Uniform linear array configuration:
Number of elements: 24
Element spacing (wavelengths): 0.75
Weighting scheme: blackman
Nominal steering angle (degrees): -45
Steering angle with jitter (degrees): -44.255
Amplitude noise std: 0.05
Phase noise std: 0.05

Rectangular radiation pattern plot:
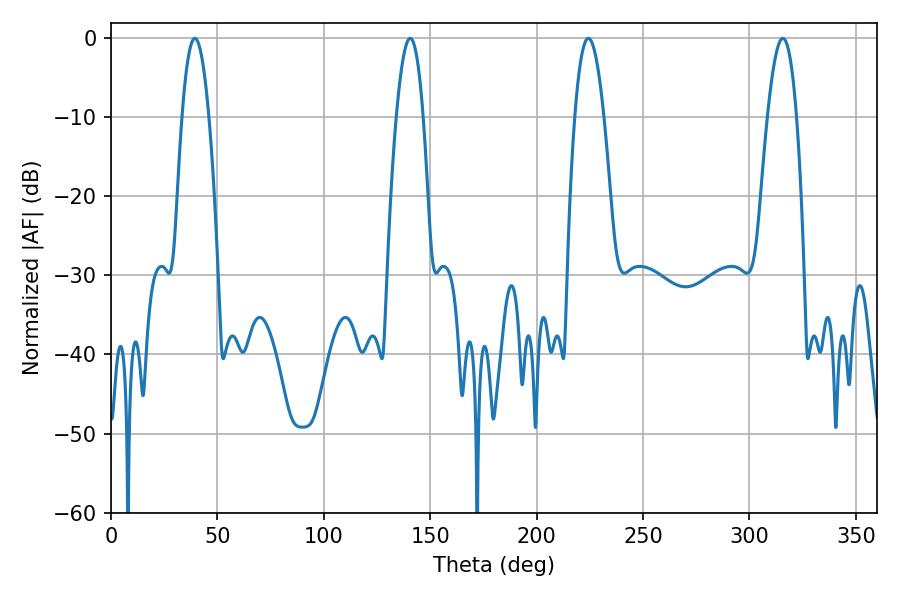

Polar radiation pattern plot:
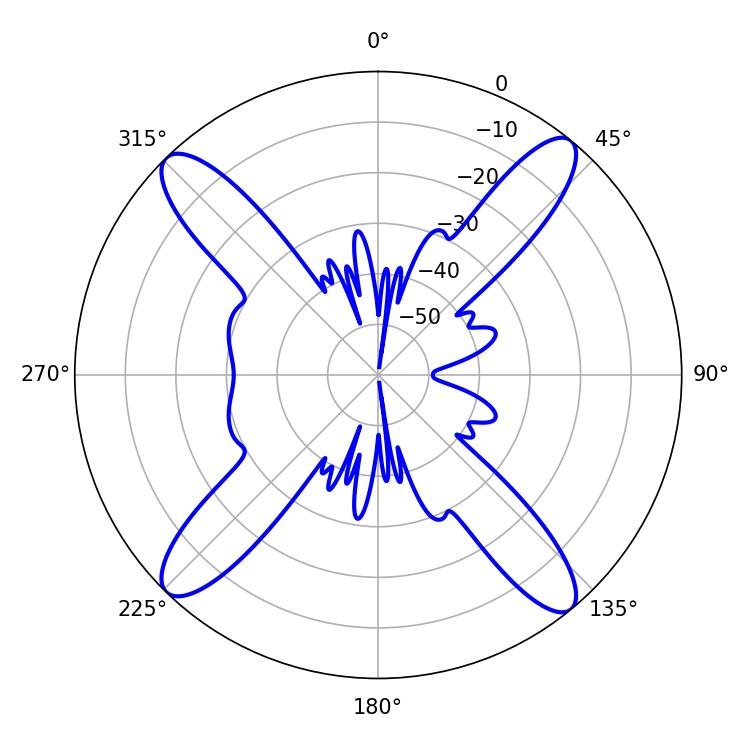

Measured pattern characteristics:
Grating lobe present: TRUE
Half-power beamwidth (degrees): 7.02
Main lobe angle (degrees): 39.42